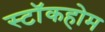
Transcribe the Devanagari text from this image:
स्टाॅकहोम